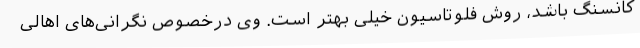
کانسنگ باشد، روش فلوتاسیون خیلی بهتر است. وی درخصوص نگرانی‌های اهالی